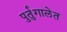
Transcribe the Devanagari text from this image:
पुर्तुगालेत